Scottish Leaving Certificate Examination, 1954
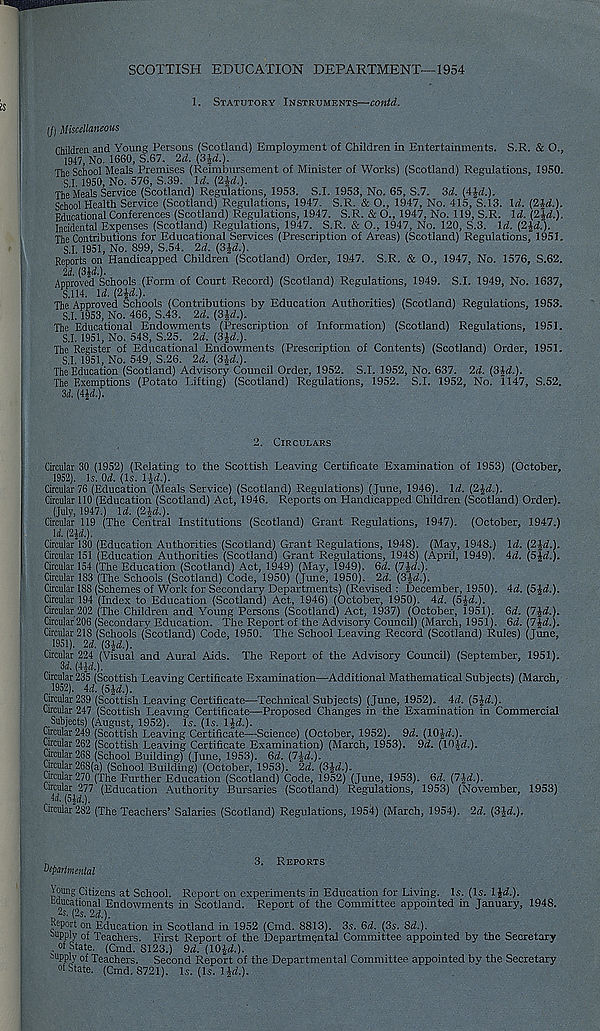
SCOTTISH EDUCATION DEPARTMENT—1954
1. Statutory Instruments—contd.
Ij) Miscellaneous
rhiMren and Young Persons (Scotland) Employment of Children in Entertainments. S.R. & O.,
1947, No. 1660, S.67. 2d. (3M.).
The School Meals Premises (Reimbursement of Minister of Works) (Scotland) Regulations, 1950.
S.I. 1950, No. 576, S.39. Id. (2^.).
The Meals Service (Scotland) Regulations, 1953. S.I. 1953, No. 65, S.7. 3d. (41d.).
School Health Service (Scotland) Regulations, 1947. S.R. & O., 1947, No. 415, S.13. Id. (2Jd.).
Educational Conferences (Scotland) Regulations, 1947. S.R. & O., 1947, No. 119, S.R. Id. (Z^d.).
Incidental Expenses (Scotland) Regulations, 1947. S.R. & O., 1947, No. 120, S.3. Id. (2%d.).
The Contributions for Educational Services (Prescription of Areas) (Scotland) Regulations, 1951.
S.I. 1951, No. 899, S.54. 2d. (3^.).
Reports on Handicapped Children (Scotland) Order, 1947. S.R. & O., 1947, No. 1576, S.62.
U (Sid.).
Approved Schools (Form of Court Record) (Scotland) Regulations, 1949. S.I. 1949, No. 1637,
5.114. ld.(2id.).
The Approved Schools (Contributions by Education Authorities) (Scotland) Regulations, 1953.
S.I. 1953, No. 466, S.43. 2d. (Sid.).
The Educational Endowments (Prescription of Information) (Scotland) Regulations, 1951.
S.I. 1951, No. 548, S.25. 2d. (3id.).
The Register of Educational Endowments (Prescription of Contents) (Scotland) Order, 1951.
S.I. 1951, No. 549, S.26. 2d. (3i,d.).
The Education (Scotland) Advisory Council Order, 1952. S.I. 1952, No. 637. 2d. (Sid.).
The Exemptions (Potato Lifting) (Scotland) Regulations, 1952. S.I. 1952, No. 1147, S.52.
3d. (4J(i.).
2. Circulars
Circular 30 (1952) (Relating to the Scottish Leaving Certificate Examination of 1953) (October,
1952). Is. U. (Is. lid.).
Circular 76 (Education (Meals Service) (Scotland) Regulations) (June, 1946). Id. (2id.).
Circular 110 (Education (Scotland) Act, 1946. Reports on Handicapped Children (Scotland) Order).
(July, 1947.) Id. (2^2.).
Circular 119 (The Central Institutions (Scotland) Grant Regulations, 1947). (October, 1947.)
Id. (2jd.).
Circular 130 (Education Authorities (Scotland) Grant Regulations, 1948). (May, 1948.) Id. (2Ji.).
Circular 151 (Education Authorities (Scotland) Grant Regulations, 1948) (April, 1949). id. (5J<2.).
Circular 154 (The Education (Scotland) Act, 1949) (May, 1949). 6d. (lid.).
Circular 183 (The Schools (Scotland) Code, 1950) (June, 1950). 2d. (Sid.).
Circular 188 (Schemes of Work for Secondary Departments) (Revised : December, 1950). id. (Sid.).
Circular 194 (Index to Education (Scotland) Act, 1946) (October, 1950). id. (5Jd.).
Circular 202 (The Children and Young Persons (Scotland) Act, 1937) (October, 1951). 3d. (lid.).
Circular 206 (Secondary Education. The Report of the Advisory Council) (March, 1951). 6d. (lid.).
Circular 218 (Schools (Scotland) Code, 1950. The School Leaving Record (Scotland) Rules) (June,
.1951). 2d. (Sid.).
Circular 224 (Visual and Aural Aids. The Report of the Advisory Council) (September, 1951).
3d. (lid.).
Circular 235 (Scottish Leaving Certificate Examination—Additional Mathematical Subjects) (March,
.1952). 4d. (Sid.).
Circular 239 (Scottish Leaving Certificate—Technical Subjects) (June, 1952). 4d. (Sid.).
Circular 247 (Scottish Leaving Certificate—Proposed Changes in the Examination in Commercial
Subjects) (August, 1952). Is. (Is. 1 id.).
Circular 249 (Scottish Leaving Certificate—Science) (October, 1952). 9d. (lOJrf.).
Circular 262 (Scottish Leaving Certificate Examination) (March, 1953). 9d. (19id.).
Circular 2SS (School Building) (June, 1953). 6d. (lid.).
Cucular 268(a) (School Building) (October, 1953). 2d. (SU.).
Circular 270 (The Further Education (Scotland) Code, 1952) (June, 1953). 3d. (lid.).
Circular 277 (Education Authority Bursaries (Scotland) Regulations, 1953) (November, 1953)
Id. (51d.),
Circular 282 (The Teachers’ Salaries (Scotland) Regulations, 1954) (March, 1954). 2d. (3Jd.).
„
3. Reports
Ueparlmental
Young Citizens at School. Report on experiments in Education for Living. Is. (Is. lid.).
Educational Endowments in Scotland. Report of the Committee appointed in January, 1948.
2s, (2s. 2d.).
Report on Education in Scotland in 1952 (Cmd. 8813). 3s. 6d. (3s. 8d.).
supply of Teachers. First Report of the Departmental Committee appointed by the Secretary
of State. (Cmd. 8123.) 9d. (10Id.).
supply of Teachers. Second Report of the Departmental Committee appointed by the Secretary
of State. (Cmd. 8721). Is. (Is. lid.).